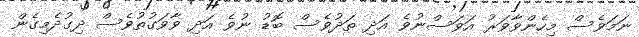
ނަމަވެސް މިހެންވާވަރު އަވަސްނުވެ އަދި ތަދުވެސް ބޮޑު ނުވެ އަދި ވާވަގުތުވެސް ދިގުދެމިގެން